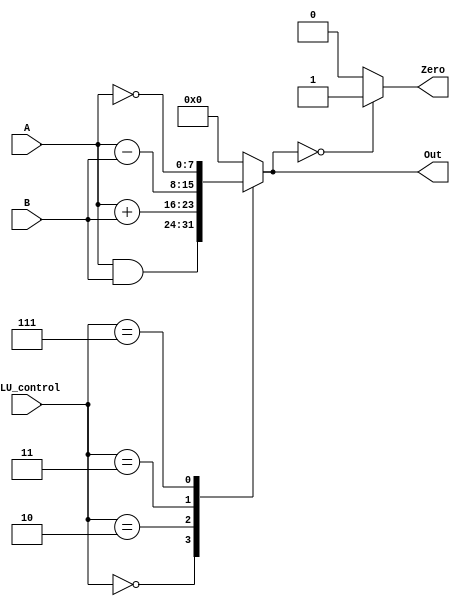
module ALU(input [7:0]A ,B,input [2:0]ALU_control,output Zero,output reg [7:0]Out);
    always@(ALU_control,A,B)begin
        Out=0;
        case(ALU_control)
        3'b000: Out=A & B;
        3'b010: Out=A+B;
        3'b011: Out=A-B;
        3'b111: Out= ~A;
        endcase
    end
    assign Zero=(Out==0)?1:0;
endmodule